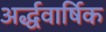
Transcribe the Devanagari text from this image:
अर्द्धवार्षिक